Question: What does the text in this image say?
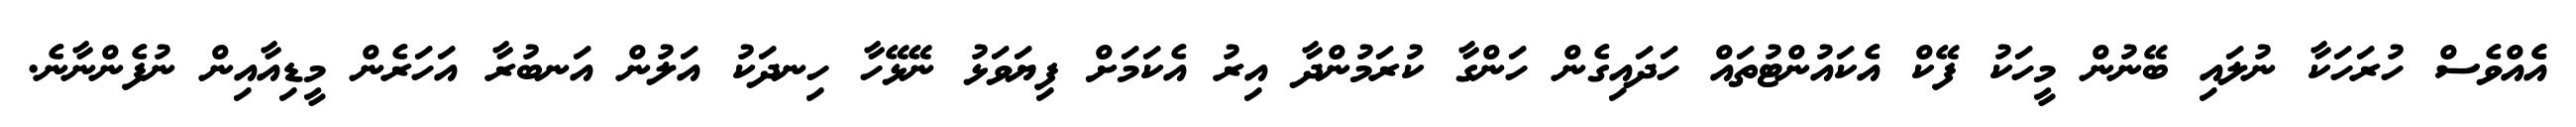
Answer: އެެއްވެސް ހުރަހަކާ ނުލައި ބޭނުން މީހަކު ފޭކް އެކައުންޓުތައް ހަދައިގެން ހަންގާ ކުރަމުންދާ އިރު އެކަމަށް ފިޔަވަޅު ނޭޅޭހާ ހިނދަކު އަލުން އަނބުރާ އަހަރެން މީޑިއާއިން ނުފެންނާނެ.